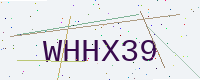
Text: WHHX39